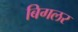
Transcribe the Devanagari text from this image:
बिगलर